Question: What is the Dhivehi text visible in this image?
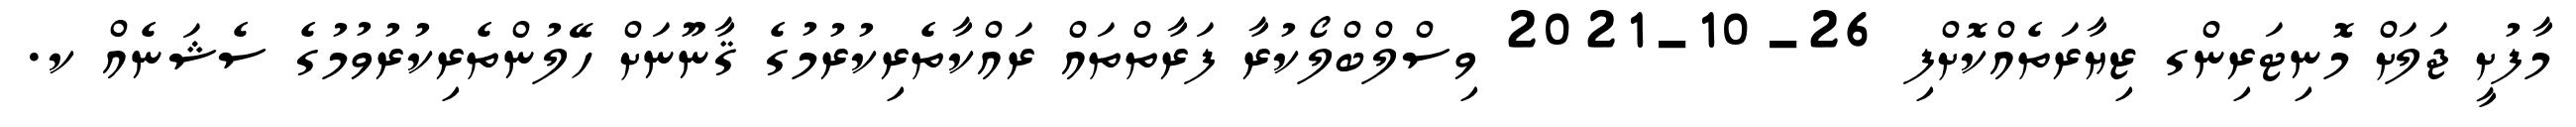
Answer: މާފުށީ ޖަލަށް މޮނިޓަރިންގ ޒިޔާރަތެއްކޮށްފި 26-10-2021 ވިސްލްބްލޯކުރާ ފަރާތްތައް ރައްކާތެރިކުރުމުގެ ޤާނޫނަށް ހޭލުންތެރިކުރުވުމުގެ ސެޝަނެއް ކ.